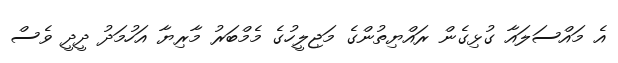
އެ މައްސަލައާ ގުޅިގެން ރައްޔިތުންގެ މަޖިލީހުގެ މެމްބަރު މާރިޔާ އަހުމަދު ދީދީ ވެސް